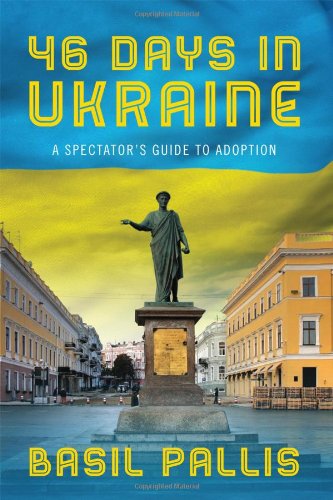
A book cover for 46 Days in Ukraine: A Spectator's Guide to Adoption; Basil Pallis; Travel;